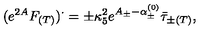
( e ^ { 2 A } F _ { ( T ) } ) ^ { \cdot } = \pm \kappa _ { 5 } ^ { 2 } e ^ { A _ { \pm } - \alpha _ { \pm } ^ { ( 0 ) } } \bar { \tau } _ { \pm ( T ) } ,